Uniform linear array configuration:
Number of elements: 16
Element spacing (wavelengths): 0.75
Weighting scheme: uniform
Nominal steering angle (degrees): -45
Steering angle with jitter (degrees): -43.652
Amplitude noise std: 0.05
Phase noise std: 0.05

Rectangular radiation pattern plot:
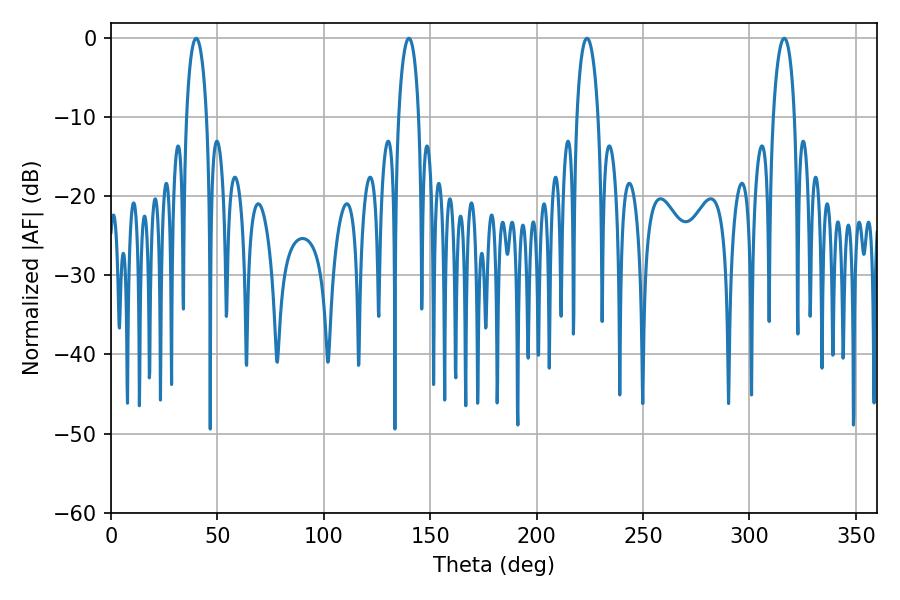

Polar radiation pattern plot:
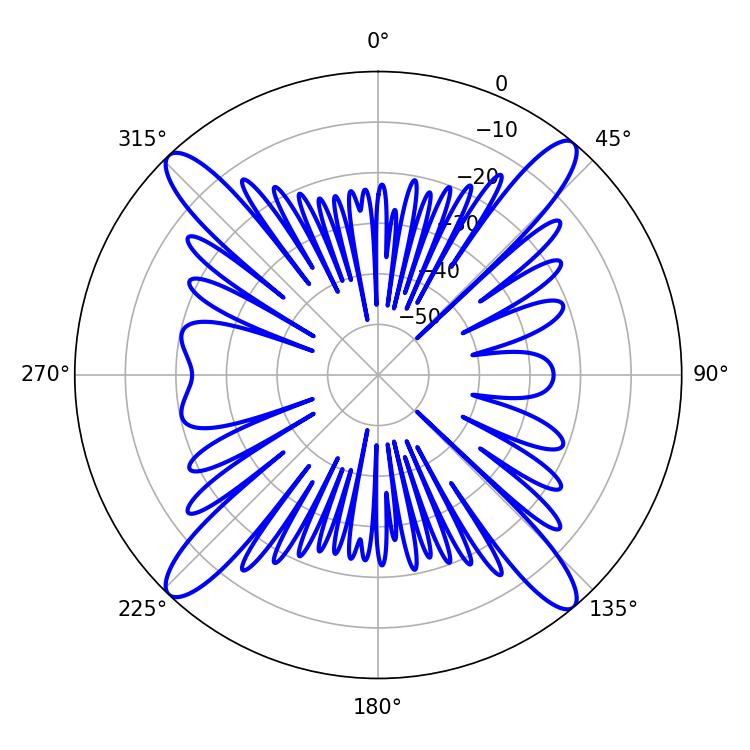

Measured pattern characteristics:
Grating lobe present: TRUE
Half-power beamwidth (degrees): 5.4
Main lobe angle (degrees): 39.96